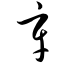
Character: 辛